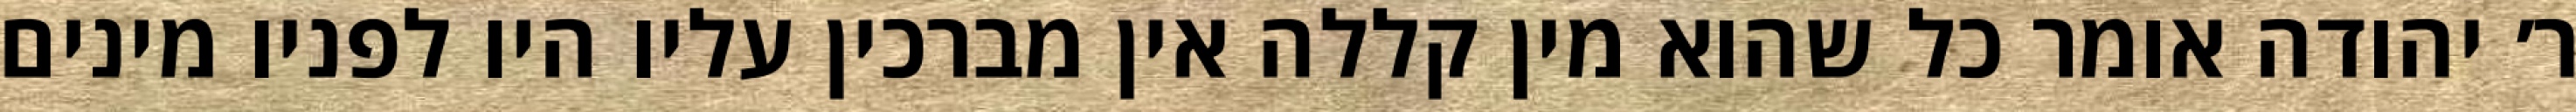
ר׳ יהודה אומר כל שהוא מין קללה אין מברכין עליו היו לפניו מינים